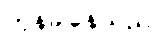
တုန်ခါနေသည်